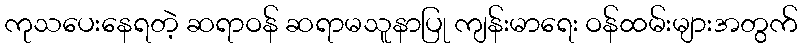
ကုသပေးနေရတဲ့ ဆရာဝန် ဆရာမသူနာပြု ကျန်းမာရေး ဝန်ထမ်းများအတွက်